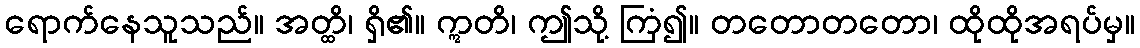
ရောက်နေသူသည်။ အတ္ထိ၊ ရှိ၏။ ဣတိ၊ ဤသို့ ကြံ၍။ တတောတတော၊ ထိုထိုအရပ်မှ။